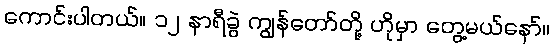
ကောင်းပါတယ်။ ၁၂ နာရီခွဲ ကျွန်တော်တို့ ဟိုမှာ တွေ့မယ်နော်။